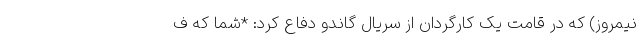
نیمروز) که در قامت یک کارگردان از سریال گاندو دفاع کرد: *شما که ف